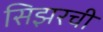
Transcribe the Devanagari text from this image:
सिझरची